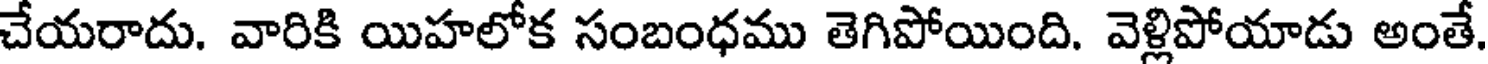
చేయరాదు. వారికి యిహలోక సంబంధము తెగిపోయింది. వెళ్లిపోయాడు అంతే